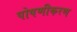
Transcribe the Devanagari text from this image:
पोषणीकरण